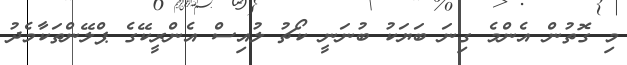
މި ގޮތުން އެންމެ ގިނަ ބަޔަކު ބުނަނީ ކޯޗު ލުއިސް އެންރީކޭގެ ޕްލޭންތަކާމެދު